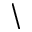
\backslash